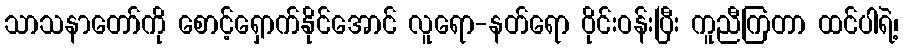
သာသနာတော်ကို စောင့်ရှောက်နိုင်အောင် လူရော-နတ်ရော ဝိုင်းဝန်းပြီး ကူညီကြတာ ထင်ပါရဲ့၊